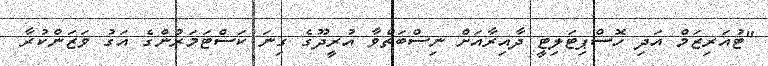
"ޓުއަރިޒަމް އަދި ހޮސްޕިޓަލިޓީ ދާއިރާއަށް ނިސްބަތްވާ އުރީދޫގެ ގިނަ ކަސްޓަމަރުންގެ އަގު ވަޒަންކުރާ